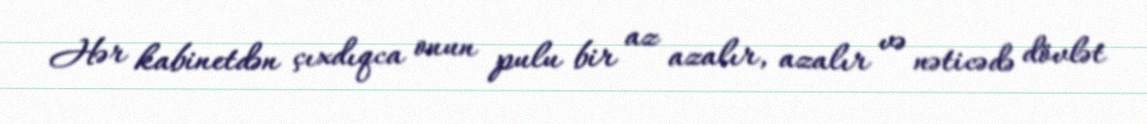
Hər kabinetdən çıxdıqca onun pulu bir az azalır, azalır və nəticədə dövlət